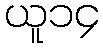
ယူ၁၄